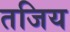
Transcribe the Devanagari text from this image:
तजिय